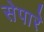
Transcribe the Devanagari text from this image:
सेपारे